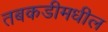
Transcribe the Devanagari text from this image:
तबकडीमधील